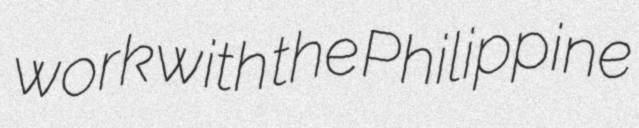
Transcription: work with the Philippine